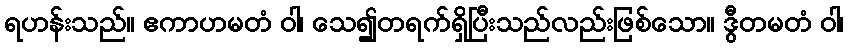
ရဟန်းသည်။ ဧကာဟမတံ ဝါ၊ သေ၍တရက်ရှိပြီးသည်လည်းဖြစ်သော။ ဒွီတမတံ ဝါ၊